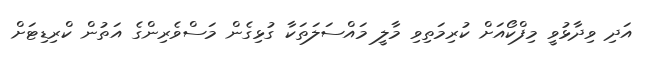
އަދި ވިދާޅުވީ މިފްކޯއަށް ކުރިމަތިވި މާލީ މައްސަލަތަކާ ގުޅިގެން މަސްވެރިންގެ އަތުން ކްރިޑިޓަށް